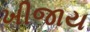
ખીજાય